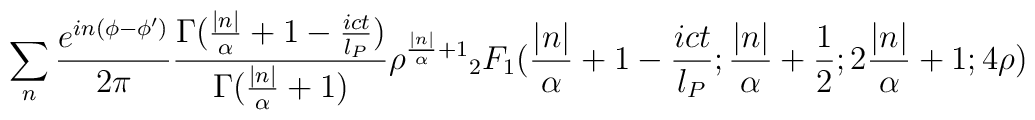
\sum_n \frac{e^{in(\phi-\phi')}}{2\pi}\frac{\Gamma(\frac{|n|}{\alpha}+1 -\frac{i c t}{l_P})}{\Gamma(\frac{|n|}{\alpha}+1)}\rho^{\frac{|n|}{\alpha}+1}{_2F_1}(\frac{|n|}{\alpha}+1 - \frac{ict}{l_P};\frac{|n|}{\alpha}+\frac{1}{2}; 2 \frac{|n|}{\alpha}+1; 4 \rho)